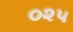
૦૨૫